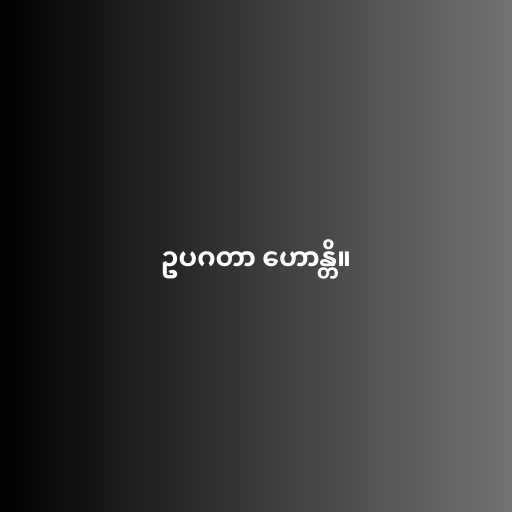
ဥပဂတာ ဟောန္တိ။